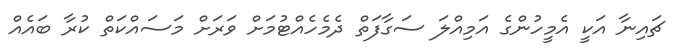
ޗައިނާ އަކީ އެމީހުންގެ އަމިއްލަ ސަގާފަތް ދެމެހެއްޓުމަށް ވަރަށް މަސައްކަތް ކުރާ ބައެއް